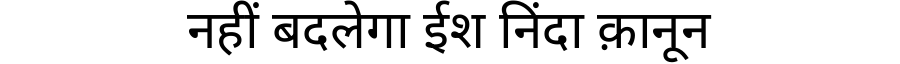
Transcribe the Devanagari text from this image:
नहीं बदलेगा ईश निंदा क़ानून